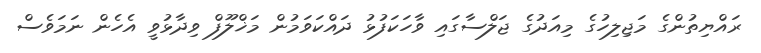
ރައްޔިތުންގެ މަޖިލިހުގެ މިއަދުގެ ޖަލްސާގައި ވާހަކަފުޅު ދައްކަވަމުން މަޚްލޫފް ވިދާޅުވީ އެހެން ނަމަވެސް